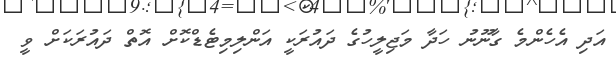
އަދި އެހެންމެ ގާނޫނު ހަދާ މަޖިލީހުގެ ދައުރަކީ އަންލިމިޓެޑްކޮށް އޮތް ދައުރަކަށް ވީ